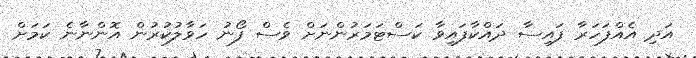
އަދި އެއްފަހަރާ ފައިސާ ދައްކާފައިވާ ކަސްޓަމަރުންނަށް ވެސް ފޯނު ހަވާލުކުރުން އޮންނާނެ ކަމަށް